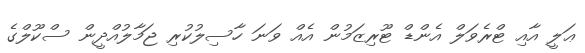
ޢަލީ އާއި ޓްރެވަލް އެންޑް ޓޫރިޒަމުން އެއް ވަނަ ހާސިލުކުރި ޖަމާލުއްދީން ސްކޫލްގެ